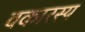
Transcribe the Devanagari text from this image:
वकारस्य